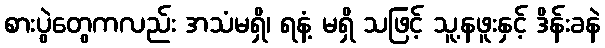
စားပွဲတွေကလည်း အသံမရှိ၊ ရနံ့ မရှိ သဖြင့် သူ့နဖူးနှင့် ဒိန်းခနဲ